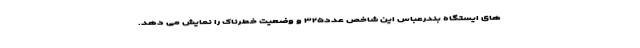
های ایستگاه بندرعباس این شاخص عدد۳۲۵ و وضعیت خطرناک را نمایش می دهد.